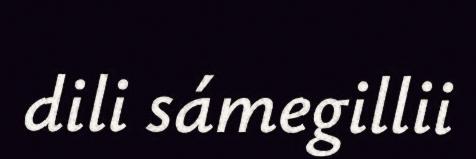
dili sámegillii